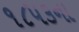
૧૮૫૩ના